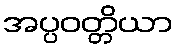
အပ္ပဝတ္တိယာ